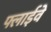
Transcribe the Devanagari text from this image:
फ्लाईवे